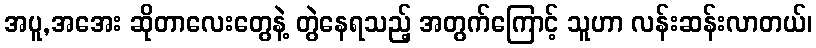
အပူ,အအေး ဆိုတာလေးတွေနဲ့ တွဲနေရသည့် အတွက်ကြောင့် သူဟာ လန်းဆန်းလာတယ်၊